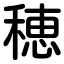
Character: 穂